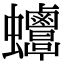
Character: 𧖋